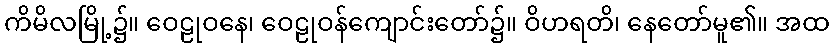
ကိမိလမြို့၌။ ဝေဠုဝနေ၊ ဝေဠုဝန်ကျောင်းတော်၌။ ဝိဟရတိ၊ နေတော်မူ၏။ အထ